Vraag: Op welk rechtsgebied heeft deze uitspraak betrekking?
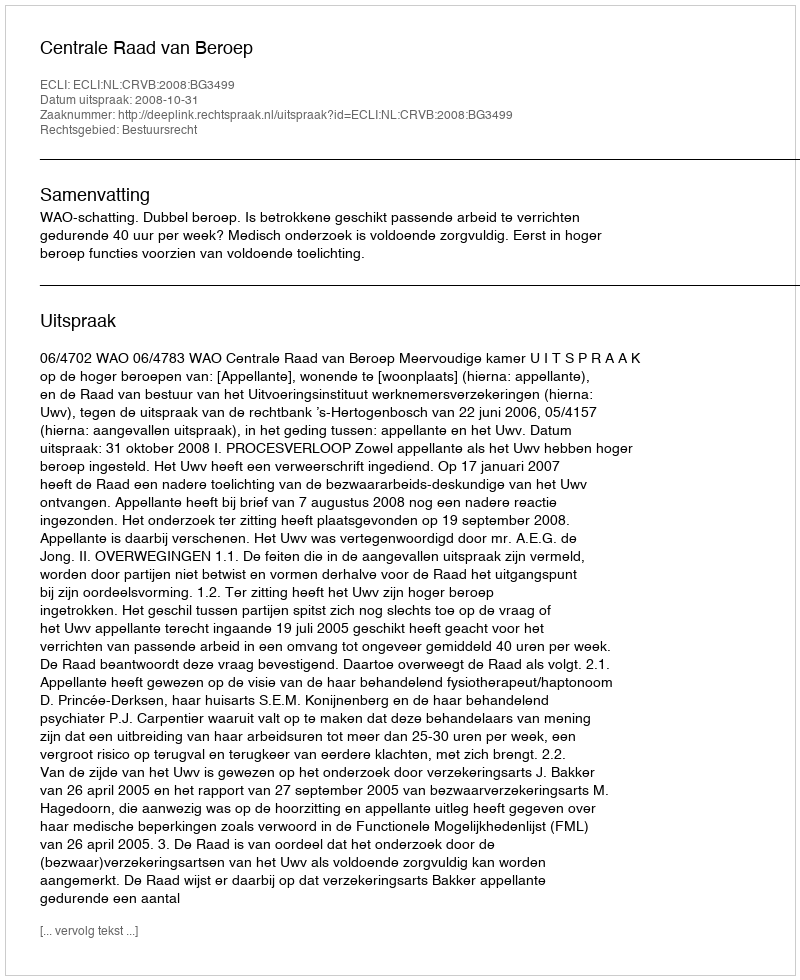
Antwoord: Bestuursrecht